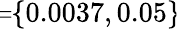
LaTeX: \! \! \! \! \! \overline{{\sigma}}\! \! =\! \! \{ 0.0037,0.05\} \!